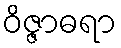
ဝိဇ္ဇာဓရာ